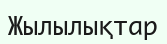
Жылылықтар